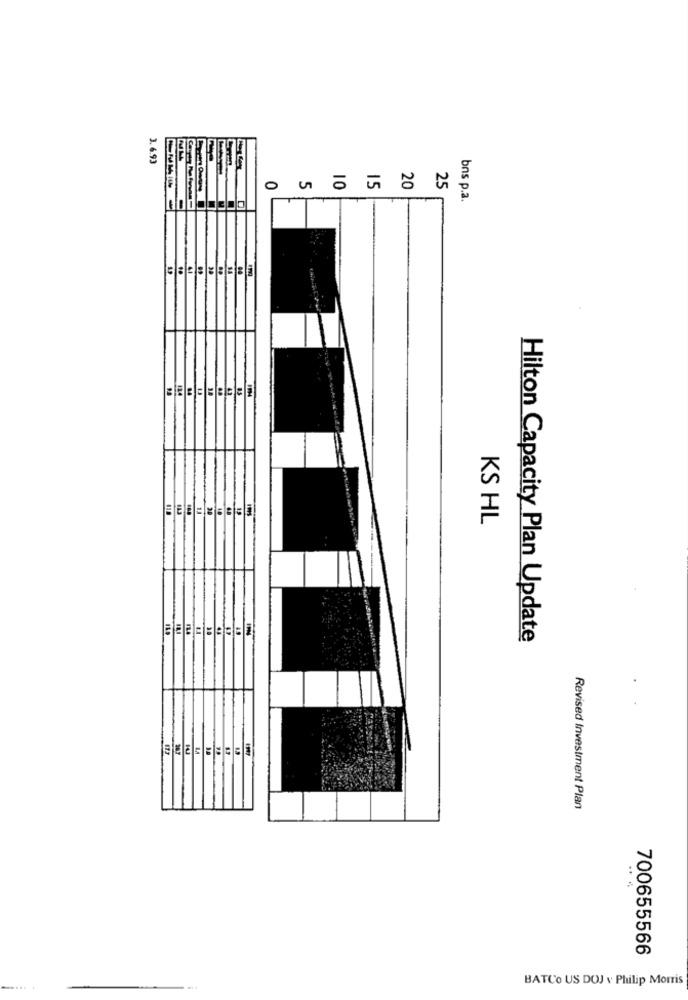
3. 6.93
15
25
05
20
bns p.a.
39
KS HL
Hilton Capacity Plan Update
Revised Investment Plan
700655566
BATCO US DOJ v Philip Morris